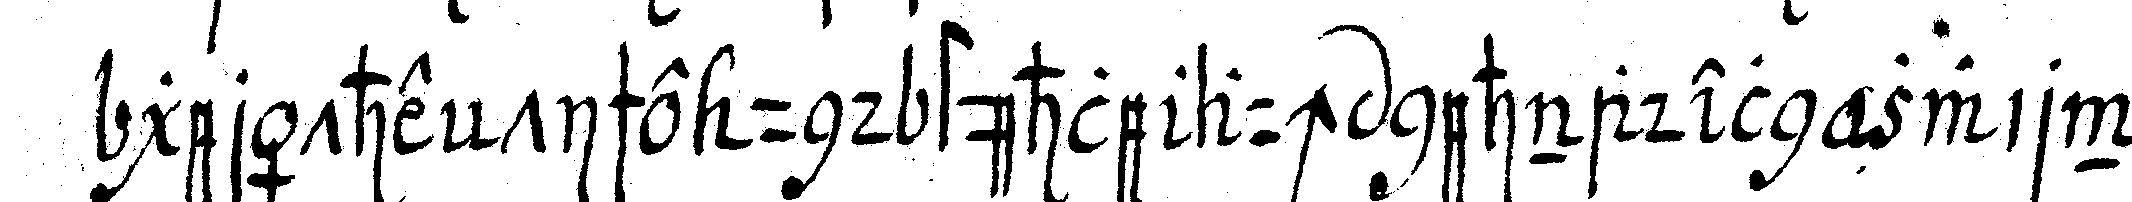
geräthe tische und stühle auch nehnadeln zwirn